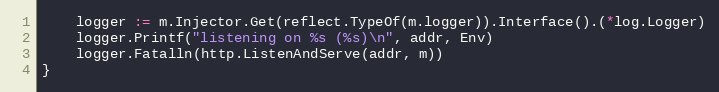
Language: Go
	logger := m.Injector.Get(reflect.TypeOf(m.logger)).Interface().(*log.Logger)
	logger.Printf("listening on %s (%s)\n", addr, Env)
	logger.Fatalln(http.ListenAndServe(addr, m))
}